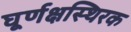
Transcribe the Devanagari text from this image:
घूर्णक्षस्थिरक